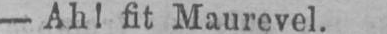
- Ah! fit Maurevel.